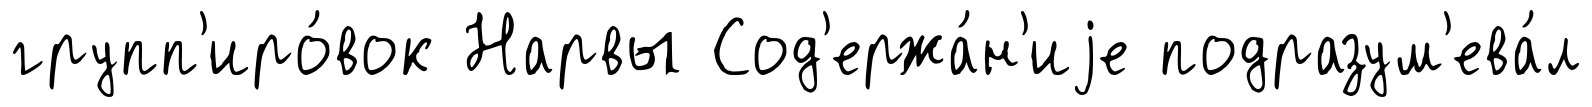
групп'иро́вок Нарвы Сод'ержа́н'иjе подразум'ева́л